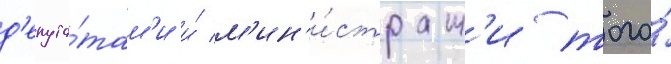
д'епута́там'и и́ м'ин'и́страм'и того́